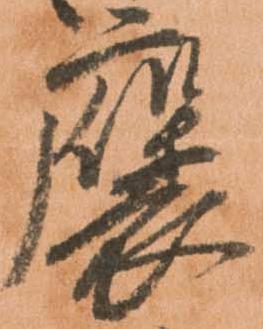
褒